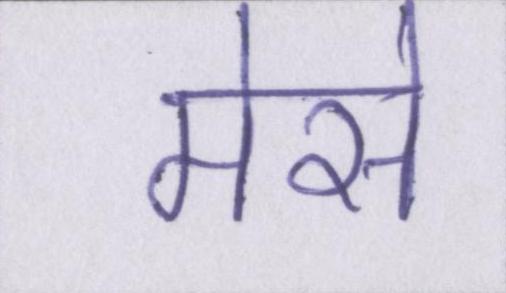
मेसे